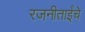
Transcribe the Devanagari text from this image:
रजनीताईंचे